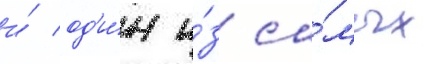
и́ од'и́н и́з са́мых